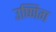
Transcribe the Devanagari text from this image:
उष्णिग